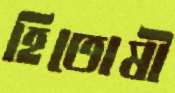
হিতোষী